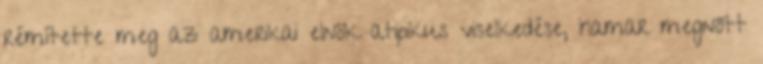
rémítette meg az amerikai elnök atipikus viselkedése, hamar megnőtt